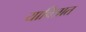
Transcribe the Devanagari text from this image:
याचित्रात